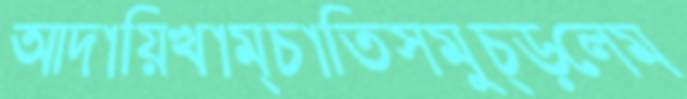
আদায়িখাম্‌চাতিসমুচ্‌ড়লেম